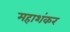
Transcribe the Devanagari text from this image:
महाशंकर